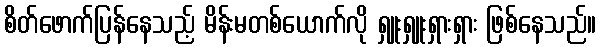
စိတ်ဖောက်ပြန်နေသည့် မိန်းမတစ်ယောက်လို ရှူးရှူးရှားရှား ဖြစ်နေသည်။